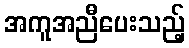
အကူအညီပေးသည့်